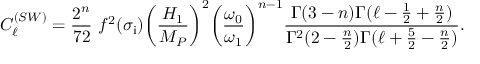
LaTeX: C _ { \ell } ^ { ( S W ) } = \frac { 2 ^ { n } } { 7 2 } ~ f ^ { 2 } ( \sigma _ { \mathrm { i } } ) \biggl ( \frac { H _ { 1 } } { M _ { P } } \biggr ) ^ { 2 } \biggl ( \frac { \omega _ { 0 } } { \omega _ { 1 } } \biggr ) ^ { n - 1 } \frac { \Gamma ( 3 - n ) \Gamma ( \ell - \frac { 1 } { 2 } + \frac { n } { 2 } ) } { \Gamma ^ { 2 } ( 2 - \frac { n } { 2 } ) \Gamma ( \ell + \frac { 5 } { 2 } - \frac { n } { 2 } ) } .